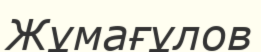
Жұмағұлов